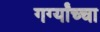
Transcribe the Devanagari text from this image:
गर्ग्यांच्चा